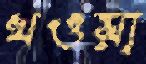
খওয়া